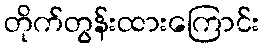
တိုက်တွန်းထားကြောင်း